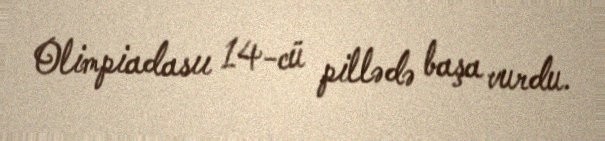
Olimpiadasıı 14-cü pillədə başa vurdu.